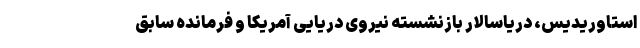
استاوریدیس، دریاسالار بازنشسته نیروی دریایی آمریکا و فرمانده سابق